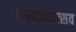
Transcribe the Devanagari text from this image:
कल्याणोत्सव